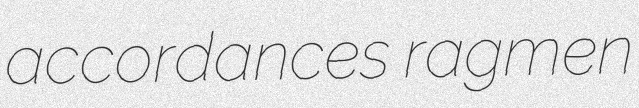
accordances ragmen